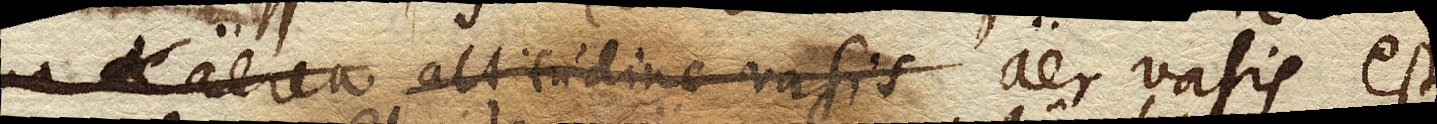
columna aerea altitudine vasis aer vasis est